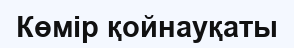
Көмір қойнауқаты